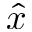
\hat { x }